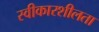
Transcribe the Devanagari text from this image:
स्वीकारशीलता